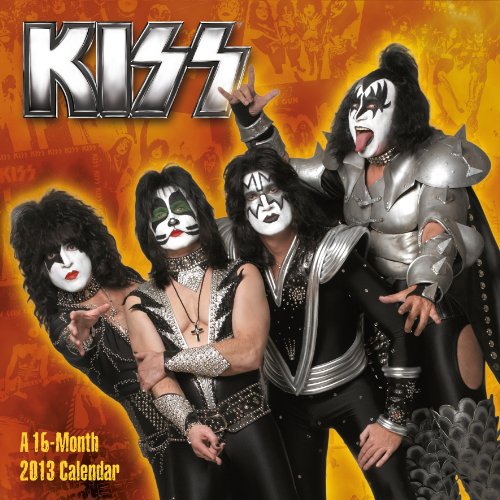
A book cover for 2013 KISS Wall Calendar; Day Dream; Calendars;